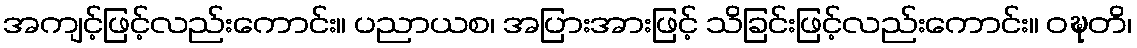
အကျင့်ဖြင့်လည်းကောင်း။ ပညာယစ၊ အပြားအားဖြင့် သိခြင်းဖြင့်လည်းကောင်း။ ဝဍ္ဎတိ၊